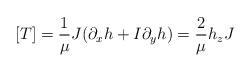
LaTeX: \begin{align*}[T]=\frac{1}{\mu} J(\partial_x h+I\partial_y h)=\frac{2}{\mu} h_z J\end{align*}